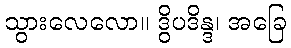
သွားလေလော။ ဒွိပဒိန္ဒ၊ အခြေ